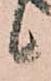
候